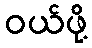
ဝယ်ဖို့